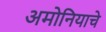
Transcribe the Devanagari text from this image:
अमोनियाचे